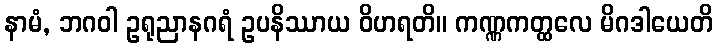
နာမံ, ဘဂဝါ ဥရုညာနဂရံ ဥပနိဿာယ ဝိဟရတိ။ ကဏ္ဏကတ္ထလေ မိဂဒါယေတိ